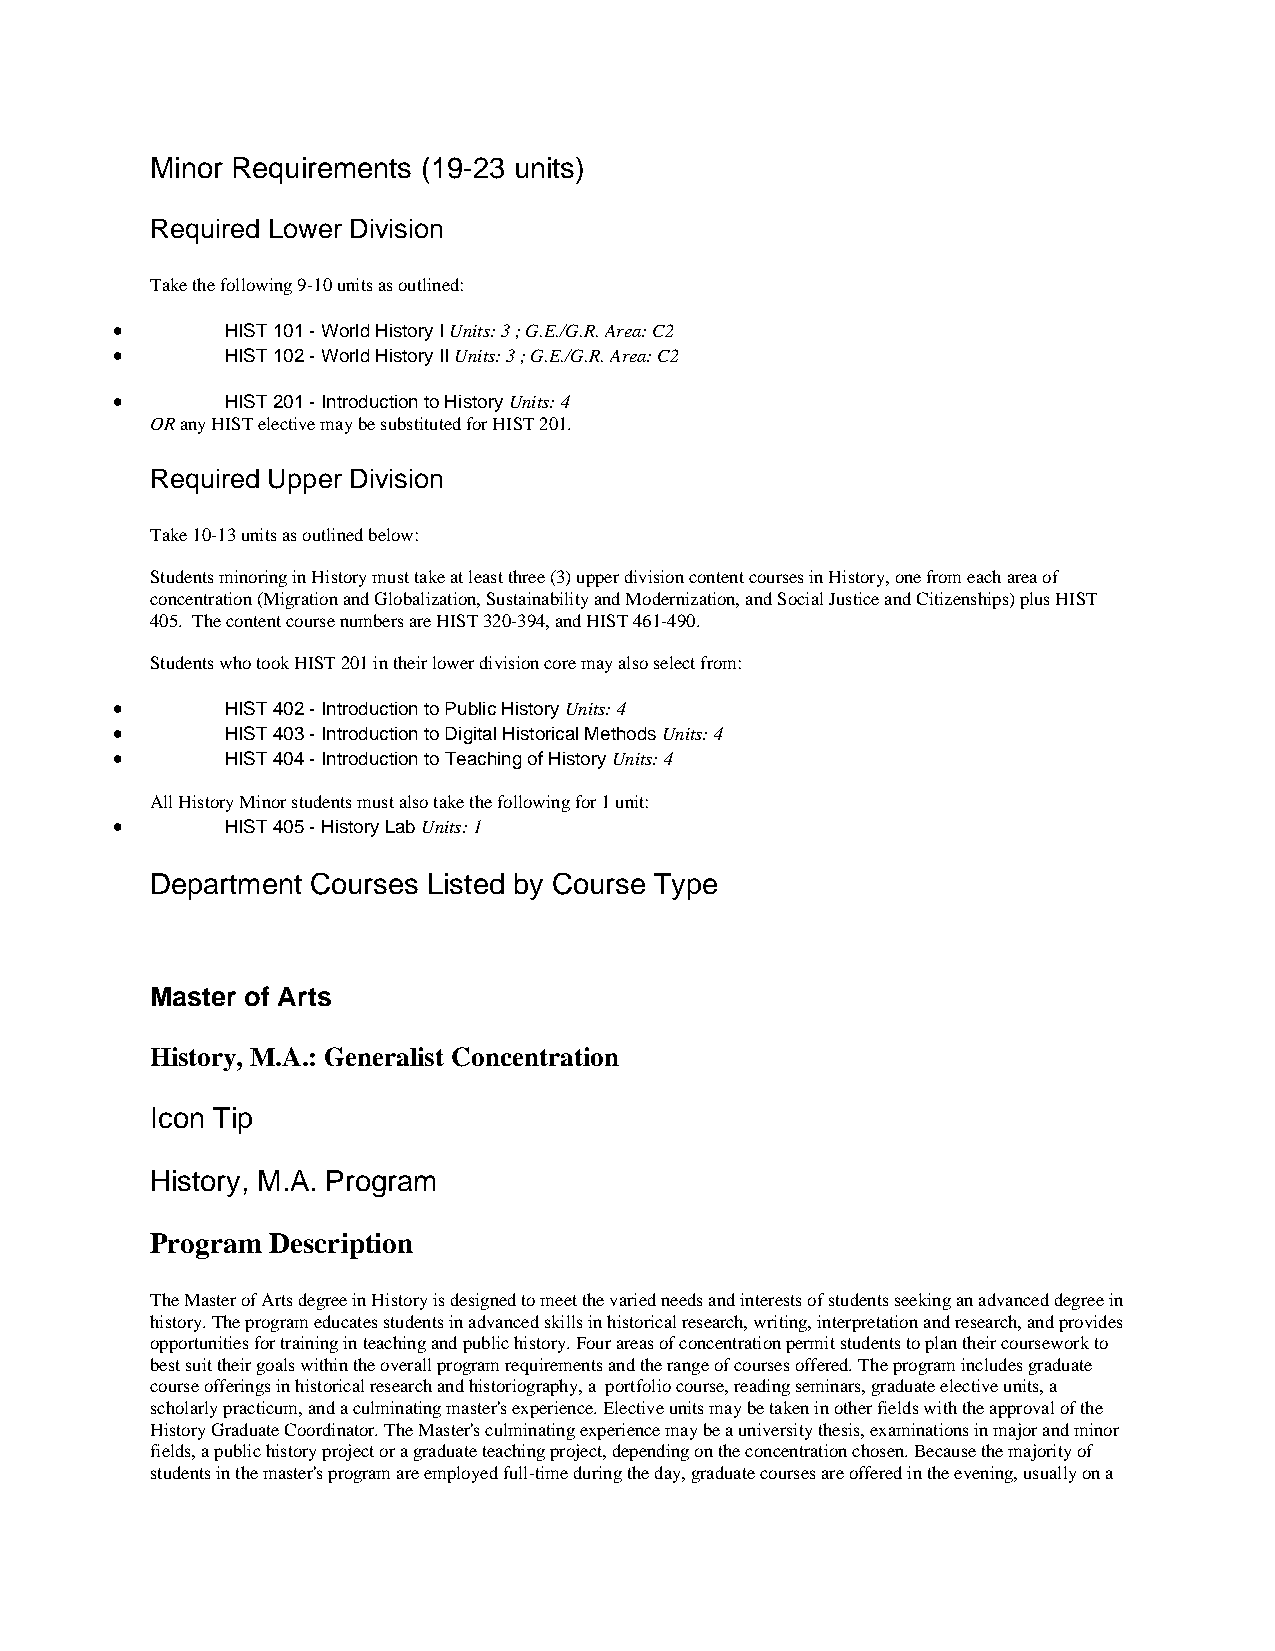
Minor Requirements (19-23 units)
 Required Lower Division
 Take the following 9-10 units as outlined:
 •       HIST 101 - World History I Units: 3 ; G.E./G.R. Area: C2
 •       HIST 102 - World History II Units: 3 ; G.E./G.R. Area: C2
 •       HIST 201 - Introduction to History Units: 4
 OR any HIST elective may be substituted for HIST 201.
 Required Upper Division
 Take 10-13 units as outlined below:
 Students minoring in History must take at least three (3) upper division content courses in History, one from each area of
 concentration (Migration and Globalization, Sustainability and Modernization, and Social Justice and Citizenships) plus HIST
 405. The content course numbers are HIST 320-394, and HIST 461-490.
 Students who took HIST 201 in their lower division core may also select from:
 •       HIST 402 - Introduction to Public History Units: 4
 •       HIST 403 - Introduction to Digital Historical Methods Units: 4
 •       HIST 404 - Introduction to Teaching of History Units: 4
 All History Minor students must also take the following for 1 unit:
 •       HIST 405 - History Lab Units: 1
 Department Courses Listed by Course Type
 Master of Arts
 History, M.A.: Generalist Concentration
 Icon Tip
 History, M.A. Program
 Program Description
 The Master of Arts degree in History is designed to meet the varied needs and interests of students seeking an advanced degree in
 history. The program educates students in advanced skills in historical research, writing, interpretation and research, and provides
 opportunities for training in teaching and public history. Four areas of concentration permit students to plan their coursework to
 best suit their goals within the overall program requirements and the range of courses offered. The program includes graduate
 course offerings in historical research and historiography, a portfolio course, reading seminars, graduate elective units, a
 scholarly practicum, and a culminating master's experience. Elective units may be taken in other fields with the approval of the
 History Graduate Coordinator. The Master's culminating experience may be a university thesis, examinations in major and minor
 fields, a public history project or a graduate teaching project, depending on the concentration chosen. Because the majority of
 students in the master's program are employed full-time during the day, graduate courses are offered in the evening, usually on a